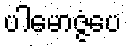
ပါမောဇ္ဇံပေ